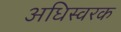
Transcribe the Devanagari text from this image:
अधिस्वरक